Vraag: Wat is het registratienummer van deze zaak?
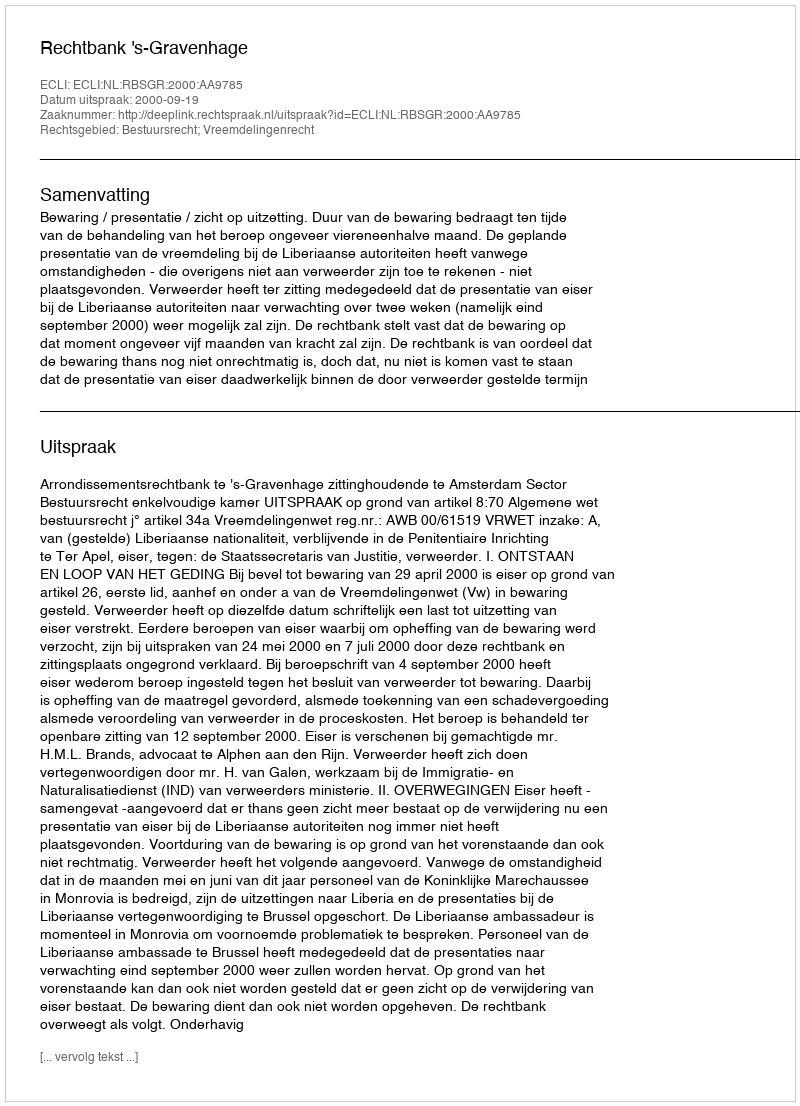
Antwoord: http://deeplink.rechtspraak.nl/uitspraak?id=ECLI:NL:RBSGR:2000:AA9785